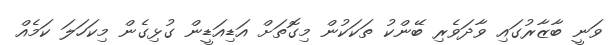
ވަނީ ބާޒާރުގައި ވާދަވެރި ބޭންކު ތަކަކުން މިގޮތަށް އަޑިއަޑީން ގުޅިގެން މިކަހަލަ ކަމެއް